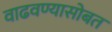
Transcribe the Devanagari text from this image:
वाढवण्यासोबत